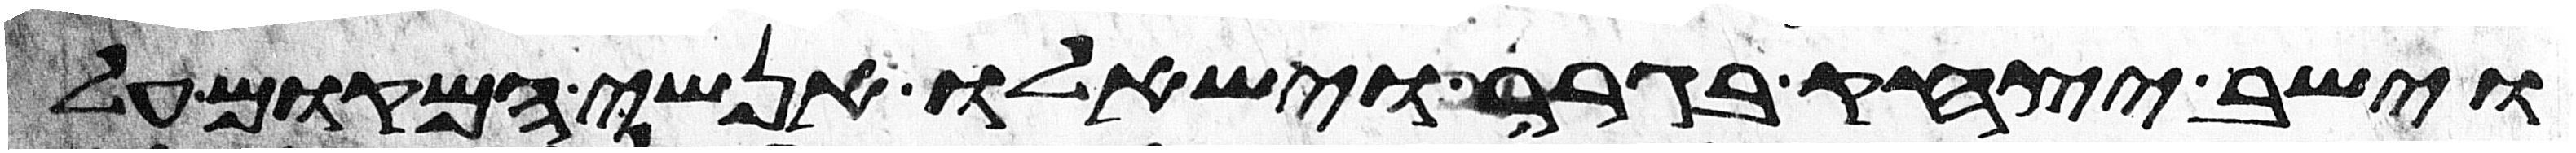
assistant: וישב יצחק בגרר וישאלו אנשי המקום על